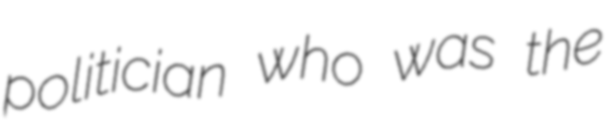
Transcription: politician who was the